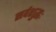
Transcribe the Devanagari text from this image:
सर्वशुद्धः